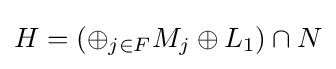
H=(\oplus _{j\in F}M_{j}\oplus L_{1})\cap N